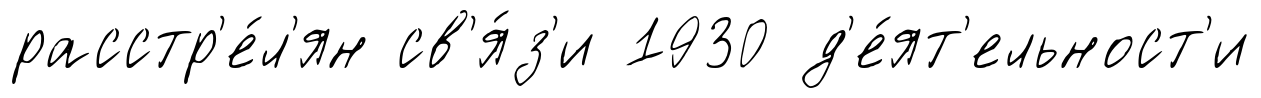
расстр'е́л'ян св'я́з'и 1930 д'е́ят'ельност'и